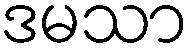
ဒမသာ